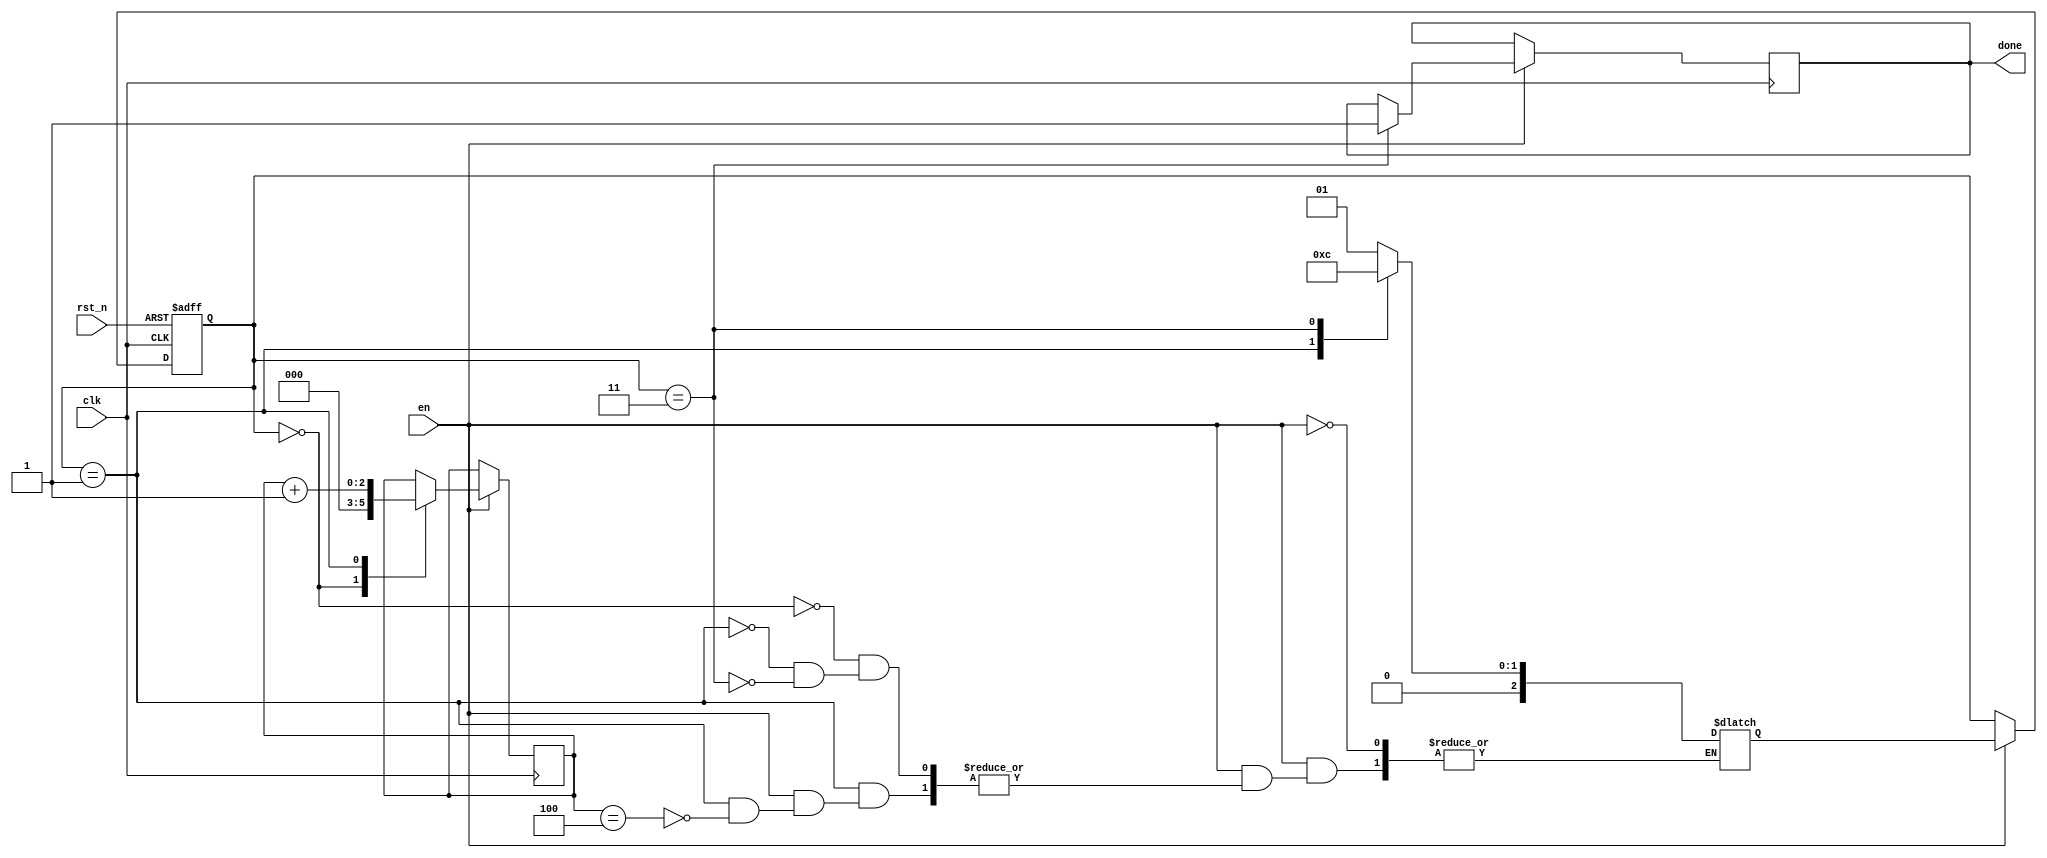
module FSM(
    input clk,
    input rst_n,
    input en,
    output reg done
);

reg[2:0]    delay_counter;
reg         useless_reg;
reg[2:0]    cur_state;
reg[2:0]    nxt_state;
//Gray Code
localparam  STATE_IDLE     = 3'b000;
localparam  STATE_S1       = 3'b001;
localparam  STATE_S2       = 3'b011;

//This is used for
//1. State shifting     (Sequential Logic)
always @(posedge clk or negedge rst_n) begin
    if(!rst_n) begin
        cur_state <= STATE_IDLE;
    end else begin
        if(en) begin
            cur_state <= nxt_state;
        end
    end
end

//This is used for
//1. State judging      (Combinatorial Logic)
always @(*) begin
    if(en) begin
        case(cur_state)
            STATE_IDLE: begin
                nxt_state   = STATE_S1;
            end
            STATE_S1: begin
                if(delay_counter == 3'd4) nxt_state = STATE_S2;
            end
            STATE_S2: begin
                nxt_state       = STATE_IDLE;
            end
            default: useless_reg = 1'b0;
        endcase
    end
end

//This is used for
//1. Output (Sequential Logic)
always @(posedge clk) begin
    if(en) begin
        case(cur_state)
            STATE_IDLE: begin
                delay_counter       <= 1'b0;
            end
            STATE_S1: begin
                delay_counter       <= delay_counter + 1'b1;
            end
            STATE_S2: begin
                done            <= 1'b1;
            end
            default: useless_reg <= 1'b0;
        endcase
    end
end

endmodule